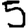
Digit: 5